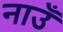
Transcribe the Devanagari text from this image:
नाउँ